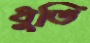
ধুতি